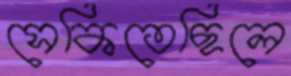
সেকিতেছিলে